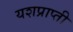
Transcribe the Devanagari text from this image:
यशप्राप्ती